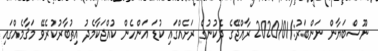
ނޫސްބަޔާން ނަންބަރު:/2020/01 ރާއްޖޭގެ ދެކުނުގެ ރަށެއްގައި ކުޑަ އަންހެން ކުއްޖަކާމެދު އިތުބާރުކުރެވޭ މަޤާމެއްގައި